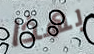
بهذا